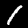
Label: 1